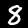
Label: 8